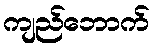
ကျည်ဘောက်